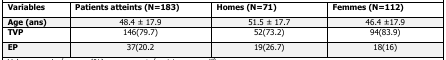
| Variables | Patients atteints (N = 183) | Homes (N = 71) | Femmes (N = 112) |
 | --- | --- | --- | --- |
 | Age (ans) | 48.4 ± 17.9 | 51.5 ± 17.7 | 46.4 ±17.9 |
 | TVP | 146(79.7) | 52(73.2) | 94(83.9) |
 | EP | 37(20.2 | 19(26.7) | 18(16) |